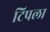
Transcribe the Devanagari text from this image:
टिपला